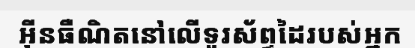
អ៊ីនធឺណិតនៅលើទូរស័ព្ទដៃរបស់អ្នក